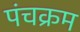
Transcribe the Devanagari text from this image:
पंचक्रम